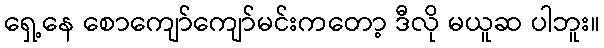
ရှေ့နေ စောကျော်ကျော်မင်းကတော့ ဒီလို မယူဆ ပါဘူး။